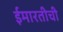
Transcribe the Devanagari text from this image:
ईमारतीची